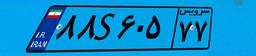
۸۸S۶۰۵۷۷